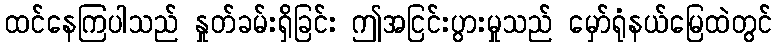
ထင်နေကြပါသည် နှုတ်ခမ်းရှိခြင်း ဤအငြင်းပွားမှုသည် မှော်ရုံနယ်မြေထဲတွင်